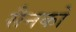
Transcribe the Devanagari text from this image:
सैनको